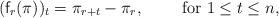
LaTeX: \begin{align*}(\textsf{f}_r(\pi))_t=\pi_{r+t}-\pi_r,\qquad\mbox{ for }1\leq t\leq n,\end{align*}